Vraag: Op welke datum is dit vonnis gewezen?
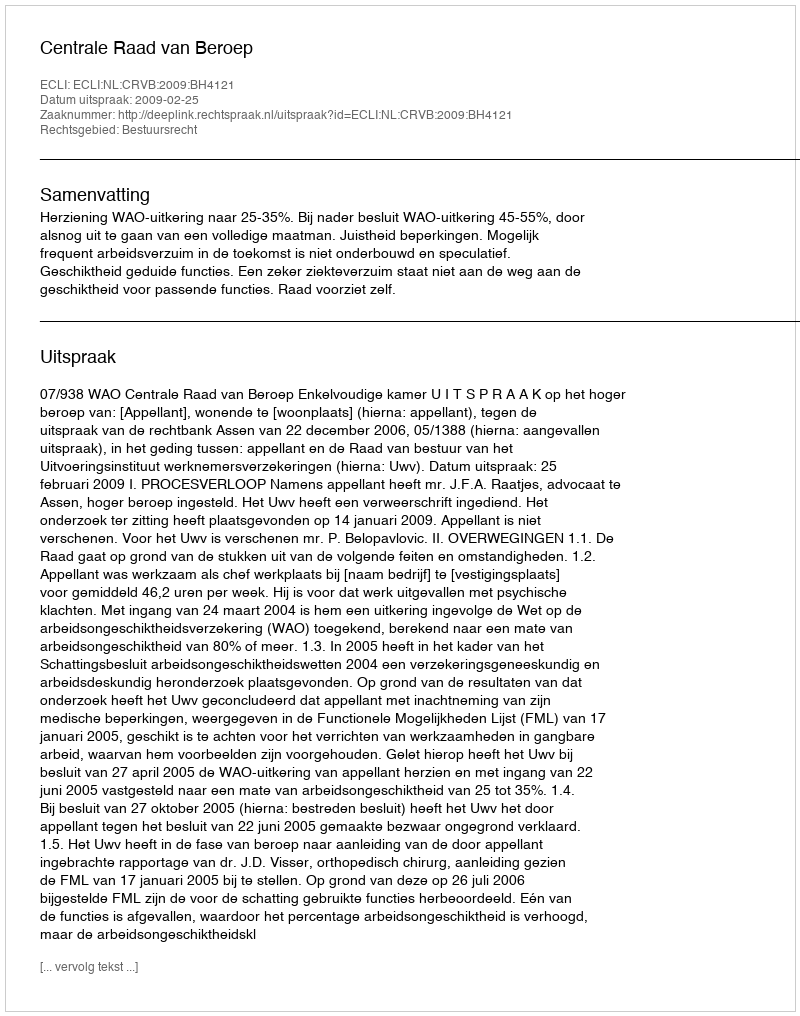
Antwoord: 2009-02-25